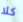
كلا